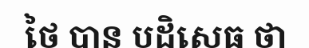
ថៃ បាន បដិសេធ ថា